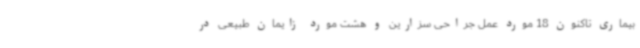
بیماری تاکنون 18 مورد عمل جراحی سزارین و هشت مورد زایمان طبیعی در